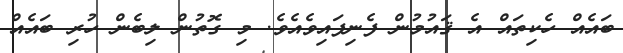
ބައެއް ހެކިތައް އެ ޤައުމުން ފެނިފައިވެއެވެ. މި ގޮތުން ލިބެން ހުރި ބައެއް